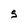
Character: S